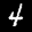
Label: 4